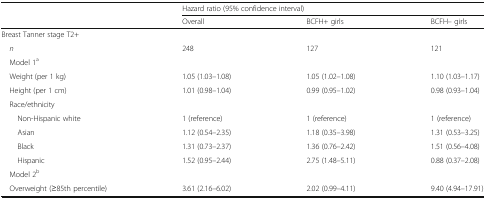
| <ROWSPAN=2>  | <COLSPAN=3> Hazard ratio (95% confidence interval) |
 | Overall | BCFH+ girls | BCFH– girls |
 | --- | --- | --- | --- |
 | <COLSPAN=4> Breast Tanner stage T2+ |
 | n | 248 | 127 | 121 |
 | <COLSPAN=4> Model 1a |
 | Weight (per 1 kg) | 1.05 (1.03–1.08) | 1.05 (1.02–1.08) | 1.10 (1.03–1.17) |
 | Height (per 1 cm) | 1.01 (0.98–1.04) | 0.99 (0.95–1.02) | 0.98 (0.93–1.04) |
 | <COLSPAN=4> Race/ethnicity |
 | Non-Hispanic white | 1 (reference) | 1 (reference) | 1 (reference) |
 | Asian | 1.12 (0.54–2.35) | 1.18 (0.35–3.98) | 1.31 (0.53–3.25) |
 | Black | 1.31 (0.73–2.37) | 1.36 (0.76–2.42) | 1.51 (0.56–4.08) |
 | Hispanic | 1.52 (0.95–2.44) | 2.75 (1.48–5.11) | 0.88 (0.37–2.08) |
 | <COLSPAN=4> Model 2b |
 | Overweight (≥85th percentile) | 3.61 (2.16–6.02) | 2.02 (0.99–4.11) | 9.40 (4.94–17.91) |